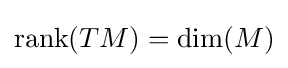
\mathrm {rank} (TM)=\mathrm {dim} (M)